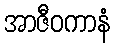
အာဇီဝကာနံ